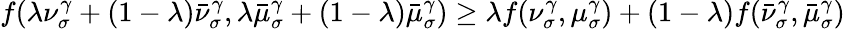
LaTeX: f(\lambda\nu_{\sigma}^{\gamma}+(1-\lambda)\bar{\nu}_{\sigma}^{\gamma},\lambda\bar{\mu}_{\sigma}^{\gamma}+(1-\lambda)\bar{\mu}_{\sigma}^{\gamma})\geq\lambda f(\nu_{\sigma}^{\gamma},\mu_{\sigma}^{\gamma})+(1-\lambda)f(\bar{\nu}_{\sigma}^{\gamma},\bar{\mu}_{\sigma}^{\gamma})